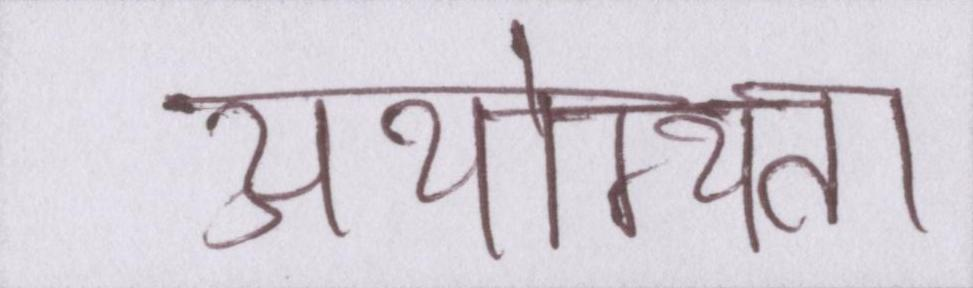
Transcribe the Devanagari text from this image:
अयोग्यता